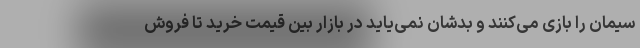
سیمان را بازی می‌کنند و بدشان نمی‌یاید در بازار بین قیمت خرید تا فروش